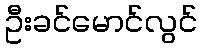
ဦးခင်မောင်လွင်